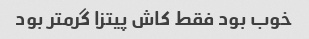
خوب بود فقط کاش پیتزا گرمتر بود